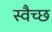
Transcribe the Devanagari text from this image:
स्वैच्छ